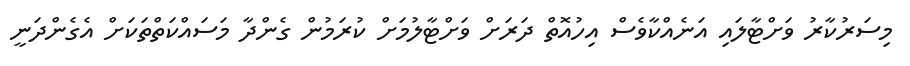
މިސަރުކާރު ވަށްޓާލައި އަނެއްކާވެސް އިހުއޮތް ދަރަށް ވަށްޓާލުމަށް ކުރަމުން ގެންދާ މަސައްކަތްތަކަށް އެގެންދަނީ